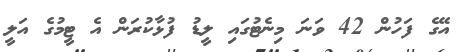
އޭގެ ފަހުން 42 ވަނަ މިނެޓުގައި ލީޑު ފުޅާކުރަން އެ ޓީމުގެ އަލީ